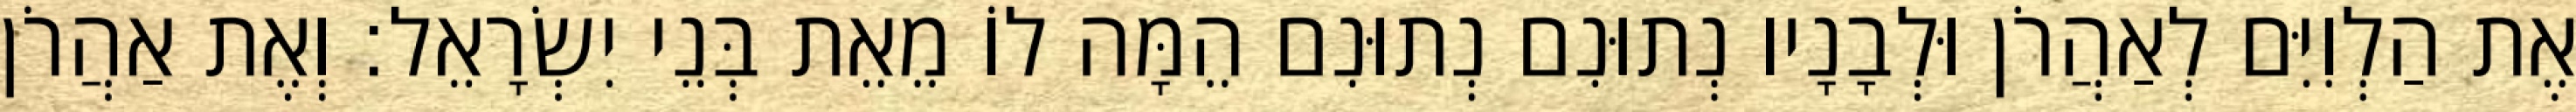
אֶת הַלְוִיִּם לְאַהֲרֹן וּלְבָנָיו נְתוּנִם נְתוּנִם הֵמָּה לוֹ מֵאֵת בְּנֵי יִשְׂרָאֵל׃ וְאֶת אַהֲרֹן